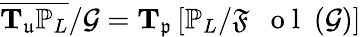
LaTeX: \overline{{\mathbf{T}_{\mathfrak{u}}\mathbb{P}_{L}}}/\mathcal{G}=\mathbf{T}_{\mathfrak{p}}\left[\mathbb{P}_{L}/{\mathfrak{F}\mathrm{~\textbf~{~o~l~}~}}(\mathcal{G})\right]